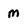
Character: M